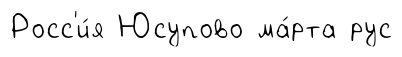
Росс'и́я Юсупово ма́рта рус